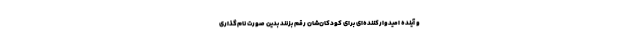
و آینده امیدوارکننده‌ای برای کودکان‌شان رقم بزنند بدین صورت نام‌گذاری